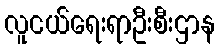
လူငယ်ရေးရာဦးစီးဌာန